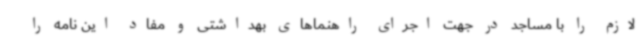
لازم را با مساجد در جهت اجرای راهنماهای بهداشتی و مفاد این نامه را